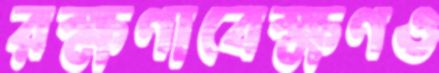
রক্ষণাবেক্ষণও